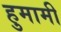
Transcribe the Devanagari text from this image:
हुमामी